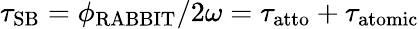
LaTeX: \tau_{\mathrm{SB}}=\phi_{\mathrm{RABBIT}}/2\omega=\tau_{\mathrm{atto}}+\tau_{\mathrm{atomic}}